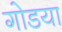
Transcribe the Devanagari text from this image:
गोडया